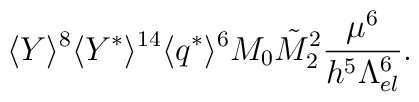
\langle Y \rangle^8 \langle Y^*\rangle^{14}  \langle q^*\rangle^{6} M_0 \tilde{M}_2^2\frac{\mu^{6}}{h^{5}\Lambda_{el}^{6}}.